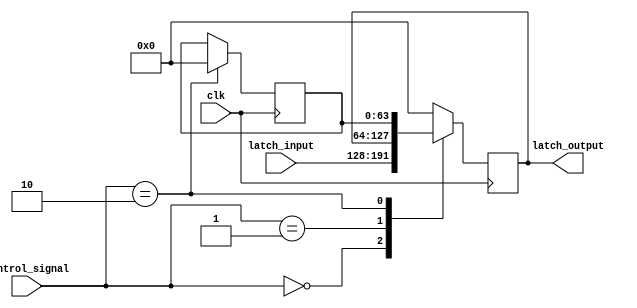
//NOTE -- here we mean latch in the sense of flip flop (i.e. edge triggered)
module pipeline_latch_64( //64 bit latch

   //inputs
    input clk,
    input [63:0] latch_input,
    input [1:0] control_signal,

   //outputs
    output reg [63:0] latch_output
    );

    reg [63:0] data;

    initial
    begin
        data <= 64'b0_0; //initialize latch with no data
        latch_output <= 64'b0_0;
    end

    //initial
    //$monitor("Data is %d",data);

    always @(posedge clk)
    begin
        case(control_signal)
          2'b00 :begin
                     latch_output <= latch_input; //transfer
                 end
          2'b01 :begin
                     latch_output <= latch_output; //stall:
                 end
          2'b10 :begin
                      data <= 0; //bubble
                      latch_output <= data;
                 end
          default : latch_output <= 0; //do nothing
        endcase
    end

endmodule

module pipeline_latch_32( //32 bit latch

   //inputs
    input clk,
    input [31:0] latch_input,
    input [1:0] control_signal,

   //outputs
    output reg [31:0] latch_output
    );

    reg [31:0] data;

    initial
    begin
        data <= 32'b0_0; //initialize latch with no data
        latch_output <= 32'b0_0;
    end


    always @(posedge clk)
    begin
        case(control_signal)
          2'b00 :begin
                     latch_output <= latch_input;
                 end
          2'b01 :begin
                     latch_output <= latch_output; //stall:
                 end
          2'b10 :begin 
                      data <= 0; //bubble
                      latch_output <= data;
                 end
          default : latch_output <= 0; //do nothing
        endcase
    end

endmodule

module pipeline_latch_8( //8 bit latch

   //inputs
    input clk,
    input [7:0] latch_input,
    input [1:0] control_signal,

   //outputs
    output reg [7:0] latch_output
    );

    reg [7:0] data;

    initial 
    begin
        data <= 8'b0_0; //initialize latch with no data
        latch_output <= 8'b0_0;
    end

    always @(posedge clk)
    begin
        case(control_signal)
          2'b00 :begin
                     latch_output <= latch_input; //transfer
                 end
          2'b01 :begin
                     latch_output <= latch_output; //stall:
                 end
          2'b10 :begin 
                      data <= 0; //bubble
                      latch_output <= data;
                 end
          default : latch_output <= 0; //do nothing
        endcase
    end


endmodule

module pipeline_latch_5( //5 bit latch

   //inputs
    input clk,
    input [4:0] latch_input,
    input [1:0] control_signal,

   //outputs
    output reg [4:0] latch_output
    );

    reg [4:0] data;

    initial 
    begin
        data <= 4'b0_0; //initialize latch with no data
        latch_output <= 4'b0_0;
    end


    always @(posedge clk)
    begin
        case(control_signal)
          2'b00 :begin
                     latch_output <= latch_input; //transfer
                 end
          2'b01 :begin
                     latch_output <= latch_output; //stall:
                 end
        2'b10 :begin 
                      data <= 0; //bubble
                      latch_output <= data;
                 end
          default : latch_output <= 0; //do nothing
        endcase
    end



endmodule

module pipeline_latch_1( //1 bit latch

   //inputs
    input clk,
    input latch_input,
    input [1:0] control_signal,

   //outputs
    output reg latch_output
    );

    reg  data;

    initial
    begin
        data <= 0; //init6ialize latch with no data
        latch_output <= 0;
    end


    always @(posedge clk)
    begin
        case(control_signal)
          2'b00 :begin
                     latch_output <= latch_input; //transfer
                 end
          2'b01 :begin
                     latch_output <= latch_output; //stall:
                 end
          2'b10 :begin 
                      data <= 0; //bubble
                      latch_output <= data;
                 end
          default : latch_output <= 0; //do nothing
        endcase
    end

endmodule